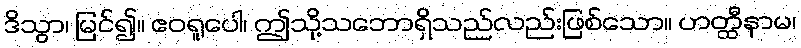
ဒိသွာ၊ မြင်၍။ ဧဝရူပေါ၊ ဤသို့သဘောရှိသည်လည်းဖြစ်သော။ ဟတ္ထီနာမ၊